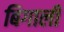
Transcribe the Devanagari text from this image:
बिगाली